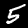
Digit: 5